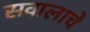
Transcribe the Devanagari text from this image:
सवालाचे